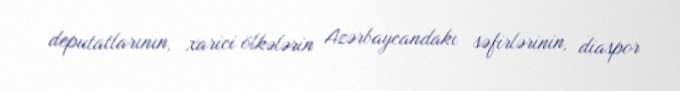
deputatlarının, xarici ölkələrin Azərbaycandakı səfirlərinin, diaspor